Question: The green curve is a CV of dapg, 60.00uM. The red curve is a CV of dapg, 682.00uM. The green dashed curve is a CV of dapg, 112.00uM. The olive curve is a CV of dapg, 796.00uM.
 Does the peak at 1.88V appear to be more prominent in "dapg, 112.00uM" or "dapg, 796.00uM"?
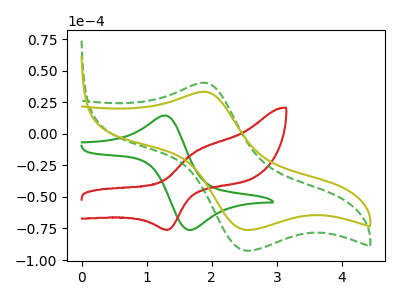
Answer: <think>The green curve "dapg, 60.00uM" has an anodic peak at (1.30V, 14.20uA) and a cathodic peak at (1.65V, -76.25uA). The red curve "dapg, 682.00uM" has an anodic peak at (1.75V, -14.45uA) and a cathodic peak at (1.35V, -75.90uA). The green dashed curve "dapg, 112.00uM" has an anodic peak at (1.90V, 40.40uA) and a cathodic peak at (2.55V, -92.65uA). The olive curve "dapg, 796.00uM" has an anodic peak at (1.90V, 33.25uA) and a cathodic peak at (2.55V, -76.25uA).</think>
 <answer>The peak at 1.88V is higher in "dapg, 112.00uM" than in "dapg, 796.00uM".</answer>
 <eval>higher</eval>